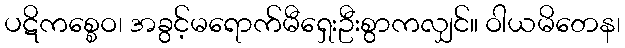
ပဋိကစ္စေဝ၊ အခွင့်မရောက်မီရှေးဦးစွာကလျှင်။ ဝါယမိတေန၊